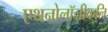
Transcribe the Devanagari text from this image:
एथनोलॉजीकलि